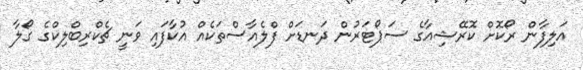
އަލިފާން ރޯކޮށް ކޮރޭޝިއާގެ ސަޕޯޓަރުން ދަނޑަށް ފްލެއާސްތަކެއް އުކާފައި ވަނީ ޗެކްރިބްލިކްގެ ގޯލާ